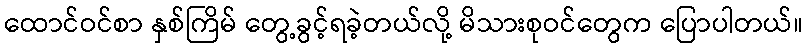
ထောင်ဝင်စာ နှစ်ကြိမ် တွေ့ခွင့်ရခဲ့တယ်လို့ မိသားစုဝင်တွေက ပြောပါတယ်။